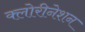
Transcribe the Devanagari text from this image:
क्लोरीनेशन